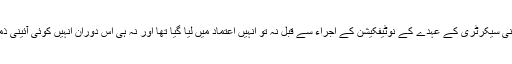
ذرائع کے مطابق پارلیمانی سیکرٹری کے عہدے کے نوٹیفکیشن کے اجراء سے قبل نہ تو انہیں اعتماد میں لیا گیا تھا اور نہ ہی اس دوران انہیں کوئی آئینی ذمہ داری سونپی گئی تھی۔